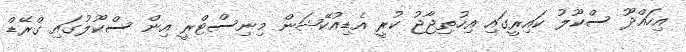
އިހައްދޫ ސްކޫލު ކައިރީގައި އިހުތިޖާޖު ކުރީ އެޑިއުކޭޝަން މިނިސްޓްރީ އިން ސްކޫލުގައި ގްރޭޑް